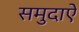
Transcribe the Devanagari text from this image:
समुदाऐ